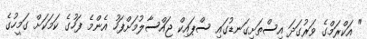
" އަކްރަމްގެ ވަރުގަދަ އިސްތަށިގަނޑުގައި ސްޕައިކް ޖައްސާލުމަށްފަހު އެންމެ ފަހުގެ ކަމަކަށް ގަމީހުގެ